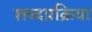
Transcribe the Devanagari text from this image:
शब्दप्रक्रिया